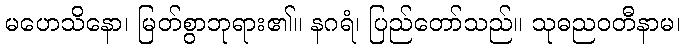
မဟေသိနော၊ မြတ်စွာဘုရား၏။ နဂရံ၊ ပြည်တော်သည်။ သုဓညဝတီနာမ၊